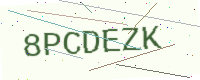
Text: 8PCDEZK